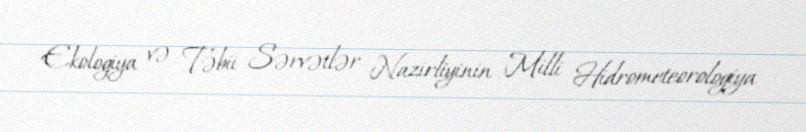
Ekologiya və Təbii Sərvətlər Nazirliyinin Milli Hidrometeorologiya